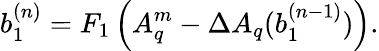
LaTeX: b_{1}^{(n)}=F_{1}\left(A_{q}^{m}-\Delta A_{q}(b_{1}^{(n-1)})\right).